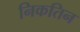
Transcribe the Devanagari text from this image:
निकतिन